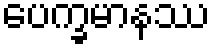
ပေက္ခမာနဿ